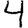
Digit: 4